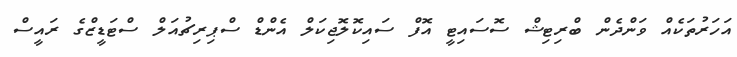
އަހަރުތަކެއް ވަންދެން ބްރިޓިޝް ސޮސައިޓީ އޮފް ސައިކޮލޮޖިކަލް އެންޑް ސްޕިރިޗުއަލް ސްޓަޑީޒްގެ ރައީސް